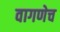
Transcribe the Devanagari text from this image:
वागणेच